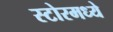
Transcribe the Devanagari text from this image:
स्टोरमध्ये